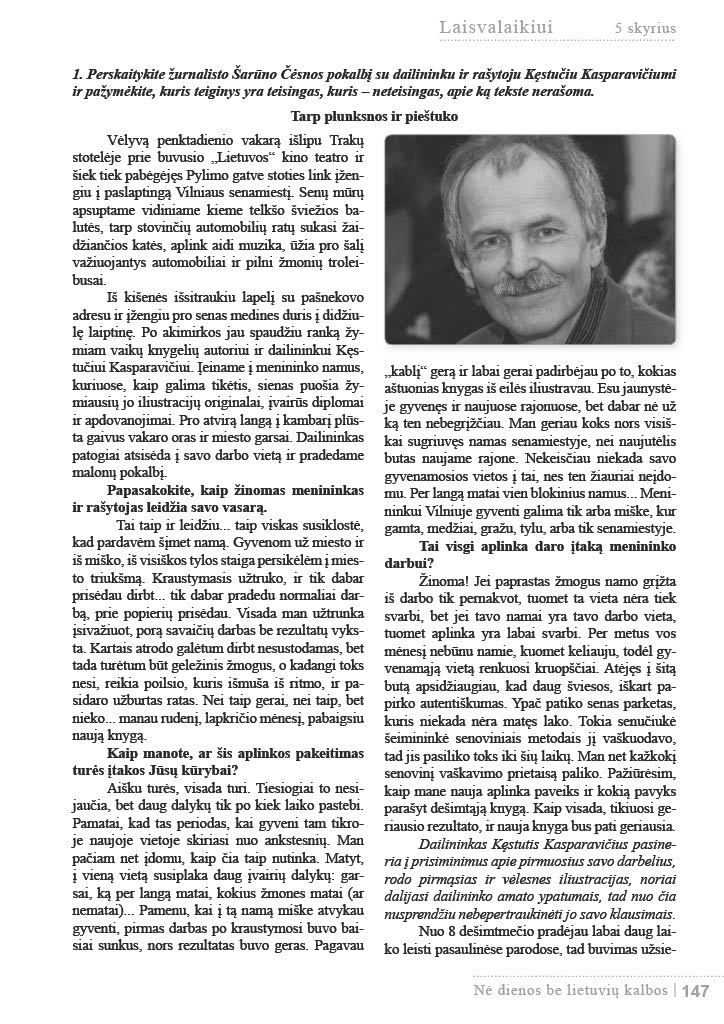
Language: lt